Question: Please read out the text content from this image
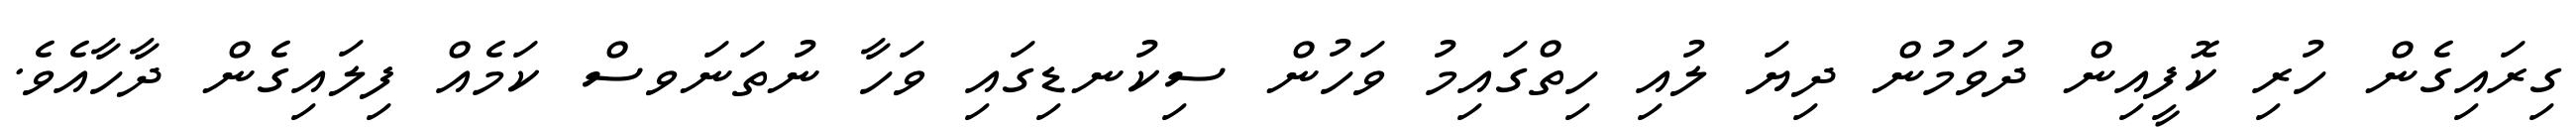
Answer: ގިރައިގެން ހުރި ކޮފީއިން ދުވަމުން ދިޔަ ލުއި ހިތްގައިމު ވަހުން ސިކުނޑިގައި ވަހާ ނުތަނަވސް ކަމެއް ފިލައިގެން ދާހާއެވެ.